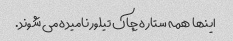
اینها همه ستاره چاک تیلور نامیده می شوند.